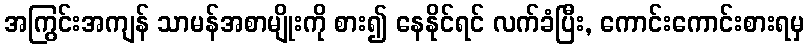
အကြွင်းအကျန် သာမန်အစာမျိုးကို စား၍ နေနိုင်ရင် လက်ခံပြီး, ကောင်းကောင်းစားရမှ